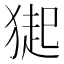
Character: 𤠳